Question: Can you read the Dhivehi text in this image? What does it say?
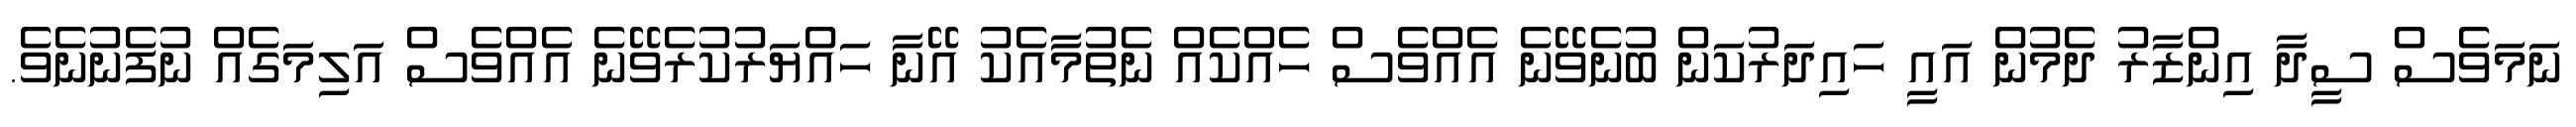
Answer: ނަމަވެސް ސީދާ އިންޒާރު ދެމުން އައީ ހައިދަރުކަން ބުނެވޭނެ އެއްވެސް ހެއްކެއް ނެތުމާއެކު އޭނާ ހައްޔަރުކުރެވޭނެ އެއްވެސް އަލިމަގެއް ނުފެނުނެވެ.